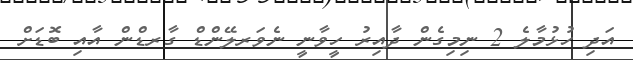
އަދި ހުޅުމާލެ 2 ނިމިގެން ދާއިރު ހީވާނީ ނެވަރލޭންޑް ގާރޑްން އާއި ބޮޑަށް